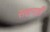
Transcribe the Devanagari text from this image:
सहनही